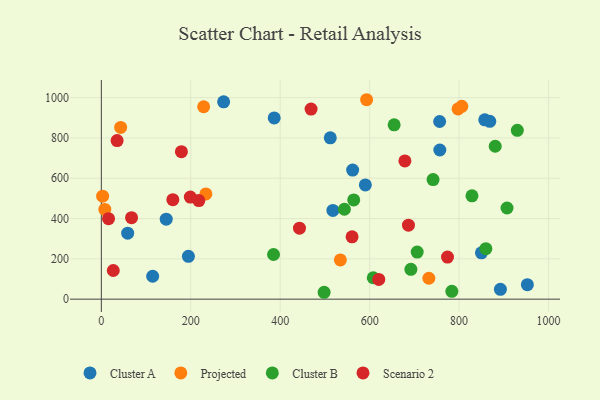
{"axis": {"x": "Price", "y": "Yield"}, "legend": ["Cluster A", "Cluster B", "Projected", "Scenario 2"], "data": [{"x": "512.0", "y": 800.7, "type": "Cluster A"}, {"x": "386.6", "y": 899.2, "type": "Cluster A"}, {"x": "114.8", "y": 113.6, "type": "Cluster A"}, {"x": "58.9", "y": 327.5, "type": "Cluster A"}, {"x": "517.8", "y": 440.3, "type": "Cluster A"}, {"x": "952.7", "y": 72.0, "type": "Cluster A"}, {"x": "756.9", "y": 740.1, "type": "Cluster A"}, {"x": "273.5", "y": 979.4, "type": "Cluster A"}, {"x": "892.4", "y": 49.0, "type": "Cluster A"}, {"x": "590.4", "y": 566.9, "type": "Cluster A"}, {"x": "145.1", "y": 396.8, "type": "Cluster A"}, {"x": "857.4", "y": 889.8, "type": "Cluster A"}, {"x": "850.0", "y": 229.7, "type": "Cluster A"}, {"x": "756.5", "y": 881.5, "type": "Cluster A"}, {"x": "868.6", "y": 882.4, "type": "Cluster A"}, {"x": "562.0", "y": 640.3, "type": "Cluster A"}, {"x": "194.7", "y": 212.5, "type": "Cluster A"}, {"x": "228.8", "y": 954.7, "type": "Projected"}, {"x": "7.8", "y": 445.4, "type": "Projected"}, {"x": "43.2", "y": 852.0, "type": "Projected"}, {"x": "797.7", "y": 944.1, "type": "Projected"}, {"x": "2.9", "y": 510.8, "type": "Projected"}, {"x": "593.2", "y": 989.6, "type": "Projected"}, {"x": "806.0", "y": 956.7, "type": "Projected"}, {"x": "732.4", "y": 103.8, "type": "Projected"}, {"x": "233.8", "y": 522.0, "type": "Projected"}, {"x": "534.5", "y": 194.5, "type": "Projected"}, {"x": "706.3", "y": 233.6, "type": "Cluster B"}, {"x": "564.4", "y": 492.4, "type": "Cluster B"}, {"x": "930.2", "y": 837.7, "type": "Cluster B"}, {"x": "498.2", "y": 34.2, "type": "Cluster B"}, {"x": "828.8", "y": 512.6, "type": "Cluster B"}, {"x": "385.1", "y": 221.6, "type": "Cluster B"}, {"x": "783.8", "y": 39.1, "type": "Cluster B"}, {"x": "543.5", "y": 446.2, "type": "Cluster B"}, {"x": "654.8", "y": 865.2, "type": "Cluster B"}, {"x": "692.2", "y": 148.0, "type": "Cluster B"}, {"x": "880.8", "y": 758.7, "type": "Cluster B"}, {"x": "907.2", "y": 452.4, "type": "Cluster B"}, {"x": "741.8", "y": 593.4, "type": "Cluster B"}, {"x": "859.9", "y": 250.6, "type": "Cluster B"}, {"x": "608.0", "y": 106.3, "type": "Cluster B"}, {"x": "678.8", "y": 685.9, "type": "Scenario 2"}, {"x": "16.1", "y": 399.5, "type": "Scenario 2"}, {"x": "35.3", "y": 786.9, "type": "Scenario 2"}, {"x": "199.0", "y": 506.5, "type": "Scenario 2"}, {"x": "218.0", "y": 489.4, "type": "Scenario 2"}, {"x": "774.1", "y": 208.9, "type": "Scenario 2"}, {"x": "686.8", "y": 367.1, "type": "Scenario 2"}, {"x": "443.1", "y": 352.3, "type": "Scenario 2"}, {"x": "159.9", "y": 493.9, "type": "Scenario 2"}, {"x": "469.0", "y": 943.4, "type": "Scenario 2"}, {"x": "26.7", "y": 142.2, "type": "Scenario 2"}, {"x": "560.7", "y": 309.1, "type": "Scenario 2"}, {"x": "67.6", "y": 404.5, "type": "Scenario 2"}, {"x": "179.1", "y": 731.6, "type": "Scenario 2"}, {"x": "620.4", "y": 98.2, "type": "Scenario 2"}]}